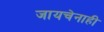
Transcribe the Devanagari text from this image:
जायचेनाही